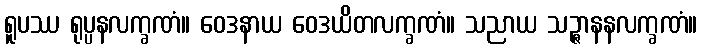
ရူပဿ ရုပ္ပနလက္ခဏံ။ ဝေဒနာယ ဝေဒယိတလက္ခဏံ။ သညာယ သဉ္ဇာနနလက္ခဏံ။